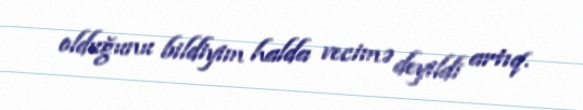
olduğunu bildiyim halda vecimə deyildi artıq.